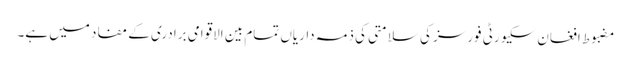
مضبوط افغان سکیورٹی فورسز کی سلامتی کی ذمہ داریاں تمام بین الاقوامی برادری کے مفاد میں ہے۔